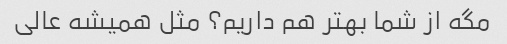
مگه از شما بهتر هم داریم‌؟ مثل همیشه عالی